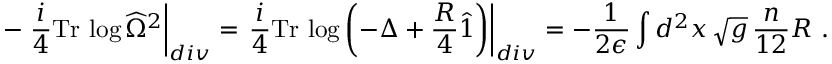
- \left. \frac { i } { 4 } \mathrm { T r } \, \log \widehat { \Omega } ^ { 2 } \right| _ { d i v } = \left. \frac { i } { 4 } \mathrm { T r } \, \log \left( - \Delta + { \frac { R } { 4 } } \hat { 1 } \right) \right| _ { d i v } = - { \frac { 1 } { 2 \epsilon } } \int d ^ { 2 } x \, \sqrt { g } \, { \frac { n } { 1 2 } } R \ .